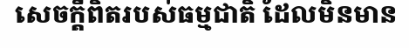
សេចក្តីពិតរបស់ធម្មជាតិ ដែលមិនមាន